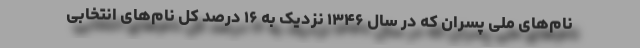
نام‌های ملی پسران که در سال ۱۳۴۶ نزدیک به ۱۶ درصد کل نام‌های انتخابی